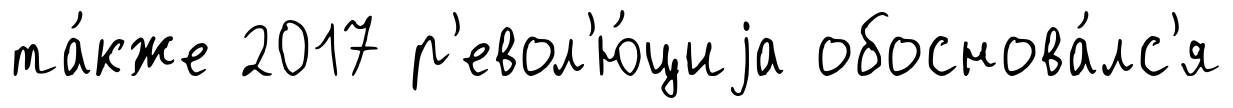
та́кже 2017 р'евол'ю́циjа обоснова́лс'я